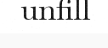
unfill